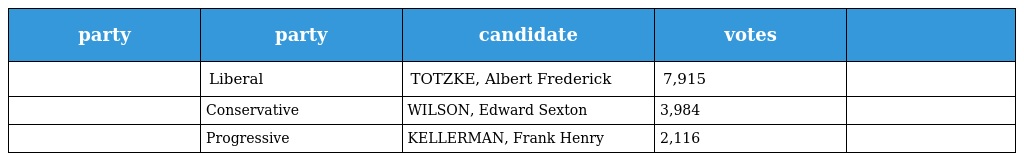
| party | party | candidate | votes |  |
 | --- | --- | --- | --- | --- |
 |  | Liberal | TOTZKE, Albert Frederick | 7,915 |  |
 |  | Conservative | WILSON, Edward Sexton | 3,984 |  |
 |  | Progressive | KELLERMAN, Frank Henry | 2,116 |  |